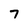
Character: 7